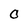
Character: O